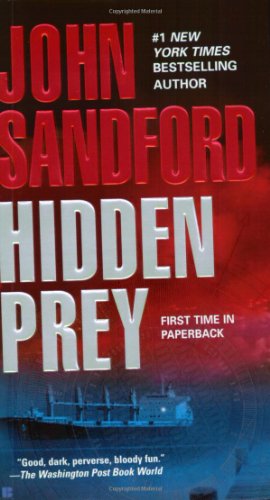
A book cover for Hidden Prey; John Sandford; Mystery, Thriller & Suspense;